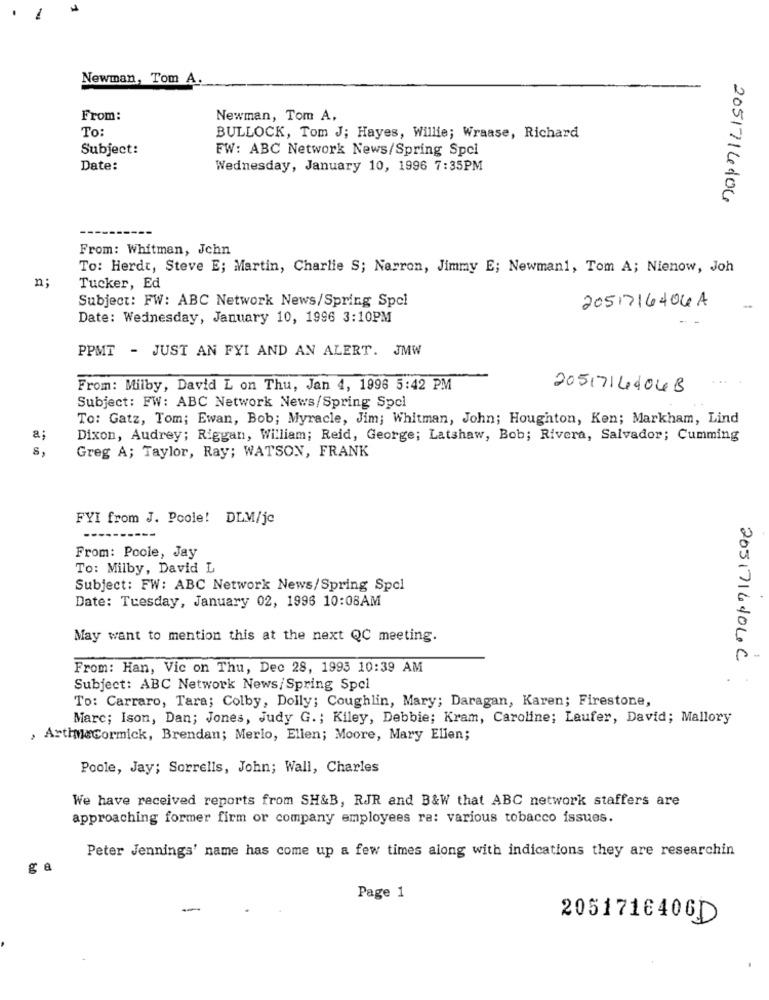
Newman, Tom A.
From:
Newman, Tom A.
To:
BULLOCK, Tom J; Hayes, Willie; Wraase, Richard
Subject:
FW: ABC Network News/Spring Spci
Date:
Wednesday, January 10, 1996 7:35PM
2051714104
From: Whitman, Jchn
To: Herdt, Steve E; Martin, Charlie S; Narron, Jimmy E; Newman1, Tom A; Nienow, Joh
Tucker, Ed
Subject: FW: ABC Network News/Spring Spol
2051716404A
Date: Wednesday, January 10, 1996 3:10PM
PPMT - JUST AN FYI AND AN ALERT. JMW
...
From: Milby, David L on Thu, Jan 4, 1996 5:42 PM
2051714404B
Subject: FW: ABC Network News/Spring Spcl
To: Gatz, Tom; Ewan, Bob; Myracle, Jim; Whitman, John; Houghton, Ken; Markham, Lind
a:
Dixon, Audrey; Riggan, William; Reid, George; Latshaw, Bob; Rivera, Salvador; Cumming
Greg A; Taylor, Ray; WATSON, FRANK
FYI from J. Poole! DLM/je
From: Poole, Jay
To: Milby, David L
Subject: FW: ABC Network News/Spring Spel
Date: Tuesday, January 02, 1996 10:08AM
May want to mention this at the next QC meeting.
2051716404C
From: Han, Vic on Thu, Dec 28, 1995 10:39 AM
Subject: ABC Network News/Spring Spel
To: Carraro, Tara; Colby, Dolly; Coughlin, Mary; Daragan, Karen; Firestone,
Marc; Ison, Dan; Jones, Judy G .; Kiley, Debbie; Kram, Caroline; Laufer, David; Mallory
, ArtheCormick, Brendan; Merlo, Ellen; Moore, Mary Ellen;
Poole, Jay; Sorrells, John; Wall, Charles
We have received reports from SH&B, RJR and B&W that ABC network staffers are
approaching former firm or company employees ra: various tobacco issues.
Peter Jennings' name has come up a few times along with indications they are researchin
g &
Page 1
2051716406D